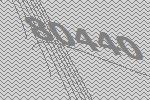
80440